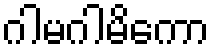
ဂါမဂါမိကော